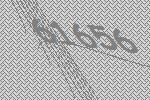
61656